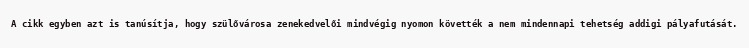
A cikk egyben azt is tanúsítja, hogy szülővárosa zenekedvelői mindvégig nyomon követték a nem mindennapi tehetség addigi pályafutását.